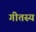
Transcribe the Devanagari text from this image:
गीतस्य